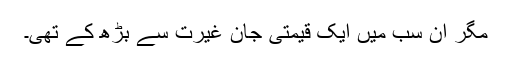
مگر ان سب میں ایک قیمتی جان غیرت سے بڑھ کے تھی۔